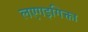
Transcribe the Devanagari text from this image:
लएगइगिक्ता